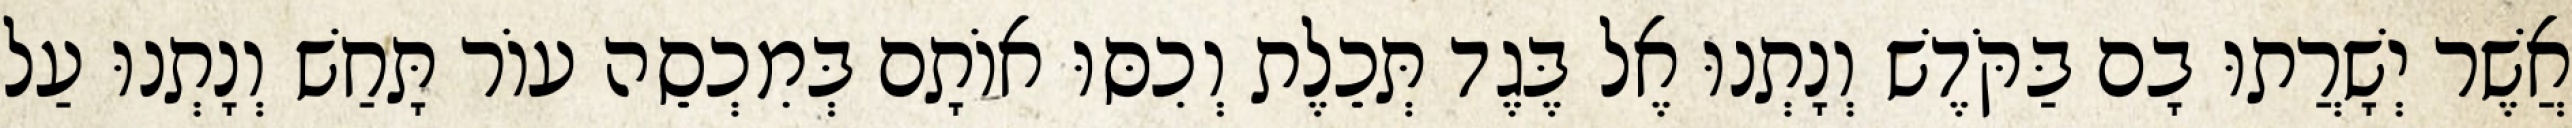
אֲשֶׁר יְשָׁרֲתוּ בָם בַּקֹּדֶשׁ וְנָתְנוּ אֶל בֶּגֶד תְּכֵלֶת וְכִסּוּ אוֹתָם בְּמִכְסֵה עוֹר תָּחַשׁ וְנָתְנוּ עַל